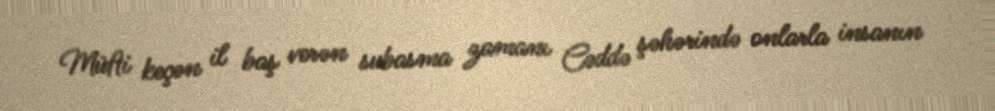
Müfti keçən il baş verən subasma zamanı Cəddə şəhərində onlarla insanın